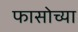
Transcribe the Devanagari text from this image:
फासोच्या